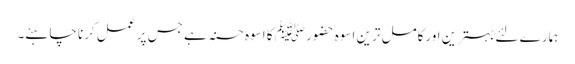
ہمارے لئے بہترین اورکامل ترین اسوہ حضور ﷺ کا اسوہ حسنہ ہے جس پر عمل کرنا چاہئے۔